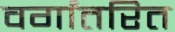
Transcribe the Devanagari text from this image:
वर्गांतरित